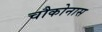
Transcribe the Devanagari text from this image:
चौकोनास